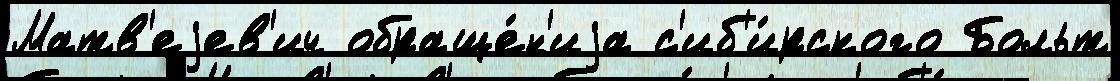
Матв'еjев'ич обраще́н'иjа с'иб'и́рского Больт